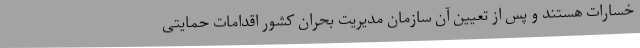
خسارات هستند و پس از تعیین آن سازمان مدیریت بحران کشور اقدامات حمایتی